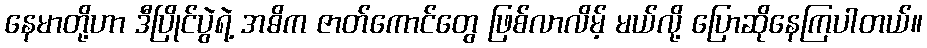
နေမာတို့ဟာ ဒီပြိုင်ပွဲရဲ့ အဓိက ဇာတ်ကောင်တွေ ဖြစ်လာလိမ့် မယ်လို့ ပြောဆိုနေကြပါတယ်။